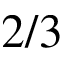
2 / 3